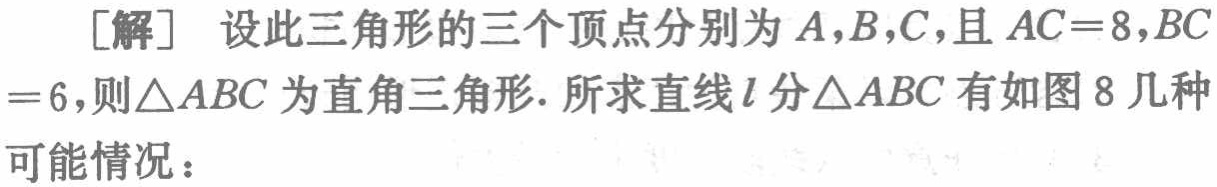
[解] 设此三角形的三个顶点分别为 \(A,B,C\)，且 \(AC = 8\)，\(BC=6\)，则\(\triangle ABC\) 为直角三角形. 所求直线 \(l\) 分\(\triangle ABC\) 有如图 8 几种可能情况：